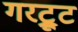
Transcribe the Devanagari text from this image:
गरट्रूट